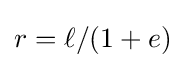
r=\ell /(1+e)